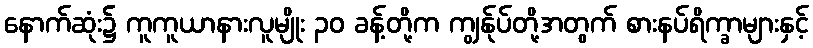
နောက်ဆုံး၌ ကူကူယာနားလူမျိုး ၃၀ ခန့်တို့က ကျွန်ုပ်တို့အတွက် စားနပ်ရိက္ခာများနှင့်